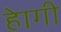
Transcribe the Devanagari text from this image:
हेागी